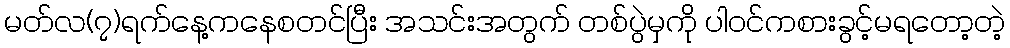
မတ်လ(၇)ရက်နေ့ကနေစတင်ပြီး အသင်းအတွက် တစ်ပွဲမှကို ပါဝင်ကစားခွင့်မရတော့တဲ့